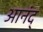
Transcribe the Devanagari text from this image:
आनंद्